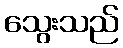
သွေးသည်